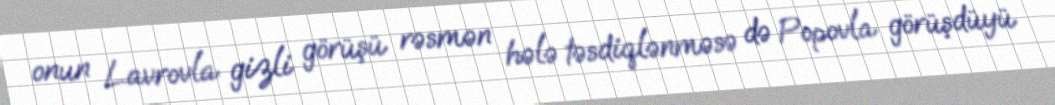
onun Lavrovla gizli görüşü rəsmən hələ təsdiqlənməsə də Popovla görüşdüyü